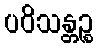
ပဝိသန္တဉ္စ